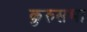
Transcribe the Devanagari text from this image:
कुरुसभा